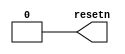
// reseting.v
`timescale 10ns/1ns

module reseting (
    output reg resetn
);

initial begin
    resetn = 1;
    #500_00_000; resetn = 0;
end

endmodule